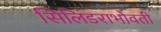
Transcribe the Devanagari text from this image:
सिलिंडराभोवती